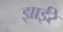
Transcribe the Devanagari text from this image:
झाईरे